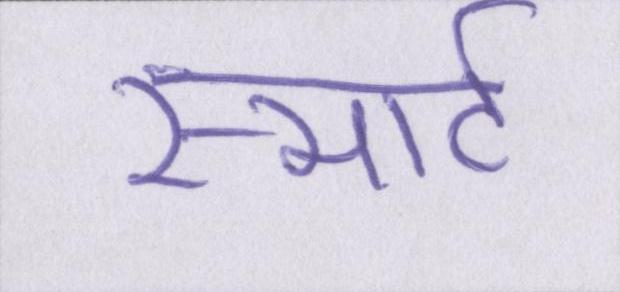
स्मार्ट